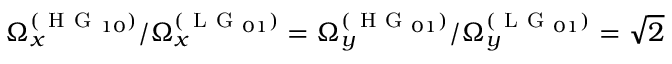
\Omega _ { x } ^ { ( \mathrm { ~ H ~ G ~ } _ { 1 0 } ) } / \Omega _ { x } ^ { ( \mathrm { ~ L ~ G ~ } _ { 0 1 } ) } = \Omega _ { y } ^ { ( \mathrm { ~ H ~ G ~ } _ { 0 1 } ) } / \Omega _ { y } ^ { ( \mathrm { ~ L ~ G ~ } _ { 0 1 } ) } = \sqrt { 2 }